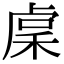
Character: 𥟃